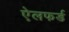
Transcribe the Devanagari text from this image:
ऐलफर्ड